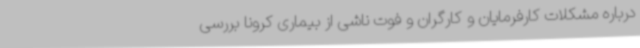
درباره مشکلات کارفرمایان و کارگران و فوت ناشی از بیماری کرونا بررسی